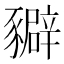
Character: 𧲉